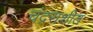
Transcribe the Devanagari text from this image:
चंद्रराशीत